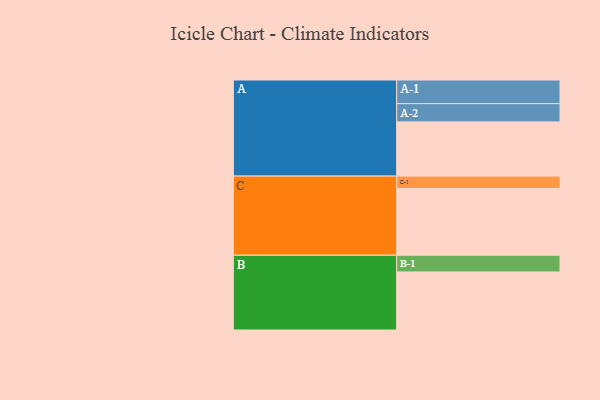
{"axis": {"x": "Segment", "y": "Value"}, "legend": ["", "A", "B", "C"], "data": [{"x": "A", "y": 383, "type": ""}, {"x": "B", "y": 410, "type": ""}, {"x": "C", "y": 471, "type": ""}, {"x": "A-1", "y": 167, "type": "A"}, {"x": "A-2", "y": 129, "type": "A"}, {"x": "B-1", "y": 118, "type": "B"}, {"x": "C-1", "y": 88, "type": "C"}]}